Civil Veterinary Dept. Bombay admin report 1900-1906 - 1900-1906
Year: 1900
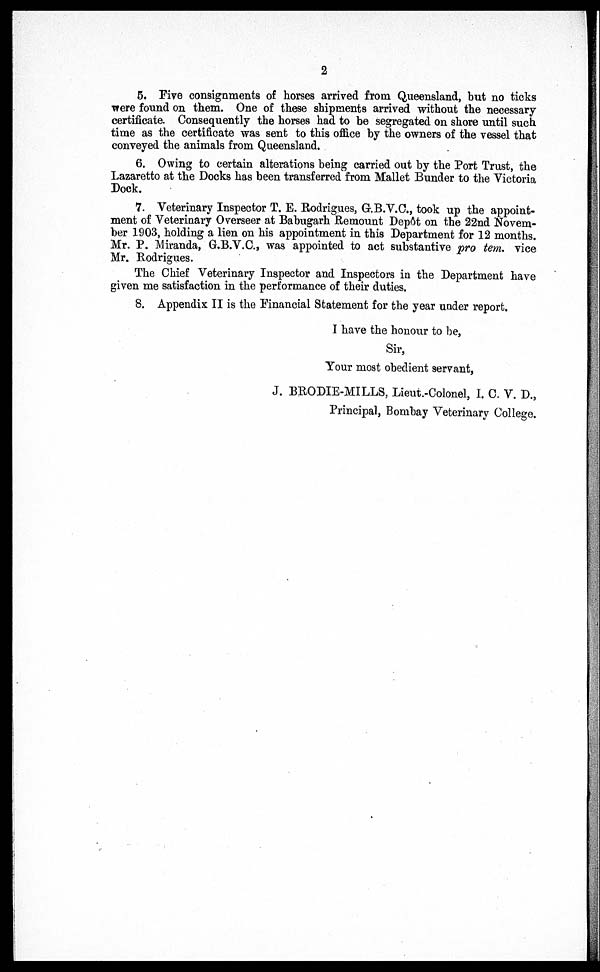
2
5. Five consignments of horses arrived from Queensland, but no ticks
were found on them. One of these shipments arrived without the necessary
certificate. Consequently the horses had to be segregated on shore until such
time as the certificate was sent to this office by the owners of the vessel that
conveyed the animals from Queensland.
6. Owing to certain alterations being carried out by the Port Trust, the
Lazaretto at the Docks has been transferred from Mallet Bunder to the Victoria
Pock.
7. Veterinary Inspector T. E. Rodrigues, G.B.V.C., took up the appoint-
ment of Veterinary Overseer at Babugarh Remount Depot on the 22nd Novem-
ber 1903, holding a lien on his appointment in this Department for 12 months.
Mr. P. Miranda, G.B.V.C., was appointed to act substantive pro tem. vice
Mr. Rodrigues.
The Chief Veterinary Inspector and Inspectors in the Department have
given me satisfaction in the performance of their duties.
8. Appendix II is the Financial Statement for the year under report.
I have the honour to be,
Sir,
Your most obedient servant,
J. BRODIE-MILLS, Lieut.-Colonel, I. C. V. D.,
Principal, Bombay Veterinary College.